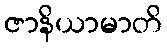
ဇာနိယာမာတိ